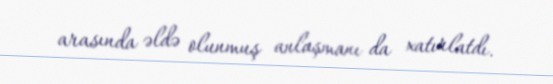
arasında əldə olunmuş anlaşmanı da xatırlatdı.